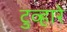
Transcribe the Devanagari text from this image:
टुव्हारे